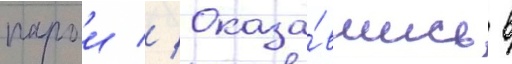
парои // Оказа́вшись в